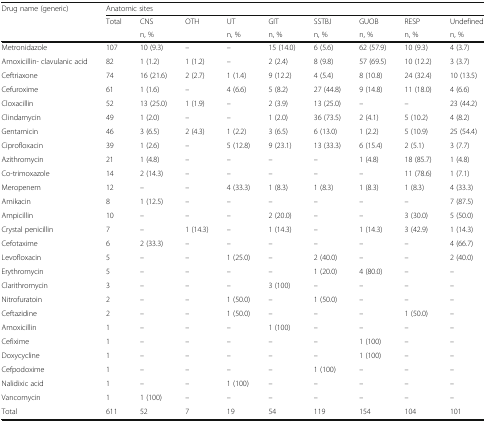
<table><thead><tr><td rowspan="3"><b>Drug name (generic)</b></td><td colspan="9"><b>Anatomic sites</b></td></tr><tr><td><b>Total</b></td><td><b>CNS</b></td><td><b>OTH</b></td><td><b>UT</b></td><td><b>GIT</b></td><td><b>SSTBJ</b></td><td><b>GUOB</b></td><td><b>RESP</b></td><td><b>Undefined</b></td></tr><tr><td></td><td><b>n, %</b></td><td></td><td><b>n, %</b></td><td><b>n, %</b></td><td><b>n, %</b></td><td><b>n, %</b></td><td><b>n, %</b></td><td><b>n, %</b></td></tr></thead><tbody><tr><td>Metronidazole</td><td>107</td><td>10 (9.3)</td><td>–</td><td>–</td><td>15 (14.0)</td><td>6 (5.6)</td><td>62 (57.9)</td><td>10 (9.3)</td><td>4 (3.7)</td></tr><tr><td>Amoxicillin- clavulanic acid</td><td>82</td><td>1 (1.2)</td><td>1 (1.2)</td><td>–</td><td>2 (2.4)</td><td>8 (9.8)</td><td>57 (69.5)</td><td>10 (12.2)</td><td>3 (3.7)</td></tr><tr><td>Ceftriaxone</td><td>74</td><td>16 (21.6)</td><td>2 (2.7)</td><td>1 (1.4)</td><td>9 (12.2)</td><td>4 (5.4)</td><td>8 (10.8)</td><td>24 (32.4)</td><td>10 (13.5)</td></tr><tr><td>Cefuroxime</td><td>61</td><td>1 (1.6)</td><td>–</td><td>4 (6.6)</td><td>5 (8.2)</td><td>27 (44.8)</td><td>9 (14.8)</td><td>11 (18.0)</td><td>4 (6.6)</td></tr><tr><td>Cloxacillin</td><td>52</td><td>13 (25.0)</td><td>1 (1.9)</td><td>–</td><td>2 (3.9)</td><td>13 (25.0)</td><td>–</td><td>–</td><td>23 (44.2)</td></tr><tr><td>Clindamycin</td><td>49</td><td>1 (2.0)</td><td>–</td><td>–</td><td>1 (2.0)</td><td>36 (73.5)</td><td>2 (4.1)</td><td>5 (10.2)</td><td>4 (8.2)</td></tr><tr><td>Gentamicin</td><td>46</td><td>3 (6.5)</td><td>2 (4.3)</td><td>1 (2.2)</td><td>3 (6.5)</td><td>6 (13.0)</td><td>1 (2.2)</td><td>5 (10.9)</td><td>25 (54.4)</td></tr><tr><td>Ciprofloxacin</td><td>39</td><td>1 (2.6)</td><td>–</td><td>5 (12.8)</td><td>9 (23.1)</td><td>13 (33.3)</td><td>6 (15.4)</td><td>2 (5.1)</td><td>3 (7.7)</td></tr><tr><td>Azithromycin</td><td>21</td><td>1 (4.8)</td><td>–</td><td>–</td><td>–</td><td>–</td><td>1 (4.8)</td><td>18 (85.7)</td><td>1 (4.8)</td></tr><tr><td>Co-trimoxazole</td><td>14</td><td>2 (14.3)</td><td>–</td><td>–</td><td>–</td><td>–</td><td>–</td><td>11 (78.6)</td><td>1 (7.1)</td></tr><tr><td>Meropenem</td><td>12</td><td>–</td><td>–</td><td>4 (33.3)</td><td>1 (8.3)</td><td>1 (8.3)</td><td>1 (8.3)</td><td>1 (8.3)</td><td>4 (33.3)</td></tr><tr><td>Amikacin</td><td>8</td><td>1 (12.5)</td><td>–</td><td>–</td><td>–</td><td>–</td><td>–</td><td>–</td><td>7 (87.5)</td></tr><tr><td>Ampicillin</td><td>10</td><td>–</td><td>–</td><td>–</td><td>2 (20.0)</td><td>–</td><td>–</td><td>3 (30.0)</td><td>5 (50.0)</td></tr><tr><td>Crystal penicillin</td><td>7</td><td>–</td><td>1 (14.3)</td><td>–</td><td>1 (14.3)</td><td>–</td><td>1 (14.3)</td><td>3 (42.9)</td><td>1 (14.3)</td></tr><tr><td>Cefotaxime</td><td>6</td><td>2 (33.3)</td><td>–</td><td>–</td><td>–</td><td>–</td><td>–</td><td>–</td><td>4 (66.7)</td></tr><tr><td>Levofloxacin</td><td>5</td><td>–</td><td>–</td><td>1 (25.0)</td><td>–</td><td>2 (40.0)</td><td>–</td><td>–</td><td>2 (40.0)</td></tr><tr><td>Erythromycin</td><td>5</td><td>–</td><td>–</td><td>–</td><td>–</td><td>1 (20.0)</td><td>4 (80.0)</td><td>–</td><td>–</td></tr><tr><td>Clarithromycin</td><td>3</td><td>–</td><td>–</td><td>–</td><td>3 (100)</td><td>–</td><td>–</td><td>–</td><td>–</td></tr><tr><td>Nitrofuratoin</td><td>2</td><td>–</td><td>–</td><td>1 (50.0)</td><td>–</td><td>1 (50.0)</td><td>–</td><td>–</td><td>–</td></tr><tr><td>Ceftazidine</td><td>2</td><td>–</td><td>–</td><td>1 (50.0)</td><td>–</td><td>–</td><td>–</td><td>1 (50.0)</td><td>–</td></tr><tr><td>Amoxicillin</td><td>1</td><td>–</td><td>–</td><td>–</td><td>1 (100)</td><td>–</td><td>–</td><td>–</td><td>–</td></tr><tr><td>Cefixime</td><td>1</td><td>–</td><td>–</td><td>–</td><td>–</td><td>–</td><td>1 (100)</td><td>–</td><td>–</td></tr><tr><td>Doxycycline</td><td>1</td><td>–</td><td>–</td><td>–</td><td>–</td><td>–</td><td>1 (100)</td><td>–</td><td>–</td></tr><tr><td>Cefpodoxime</td><td>1</td><td>–</td><td>–</td><td>–</td><td>–</td><td>1 (100)</td><td>–</td><td>–</td><td>–</td></tr><tr><td>Nalidixic acid</td><td>1</td><td>–</td><td>–</td><td>1 (100)</td><td>–</td><td>–</td><td>–</td><td>–</td><td>–</td></tr><tr><td>Vancomycin</td><td>1</td><td>1 (100)</td><td>–</td><td>–</td><td>–</td><td>–</td><td>–</td><td>–</td><td>–</td></tr><tr><td>Total</td><td>611</td><td>52</td><td>7</td><td>19</td><td>54</td><td>119</td><td>154</td><td>104</td><td>101</td></tr></tbody></table>